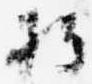
持